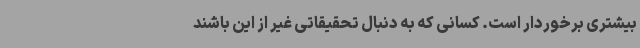
بیشتری برخوردار است. کسانی که به دنبال تحقیقاتی غیر از این باشند